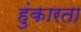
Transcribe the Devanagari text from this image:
हुंकारता